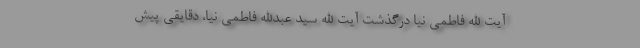
آیت الله فاطمی نیا درگذشت آیت الله سید عبدالله فاطمی نیا، دقایقی پیش